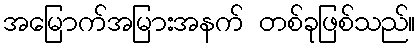
အမြောက်အမြားအနက် တစ်ခုဖြစ်သည်။